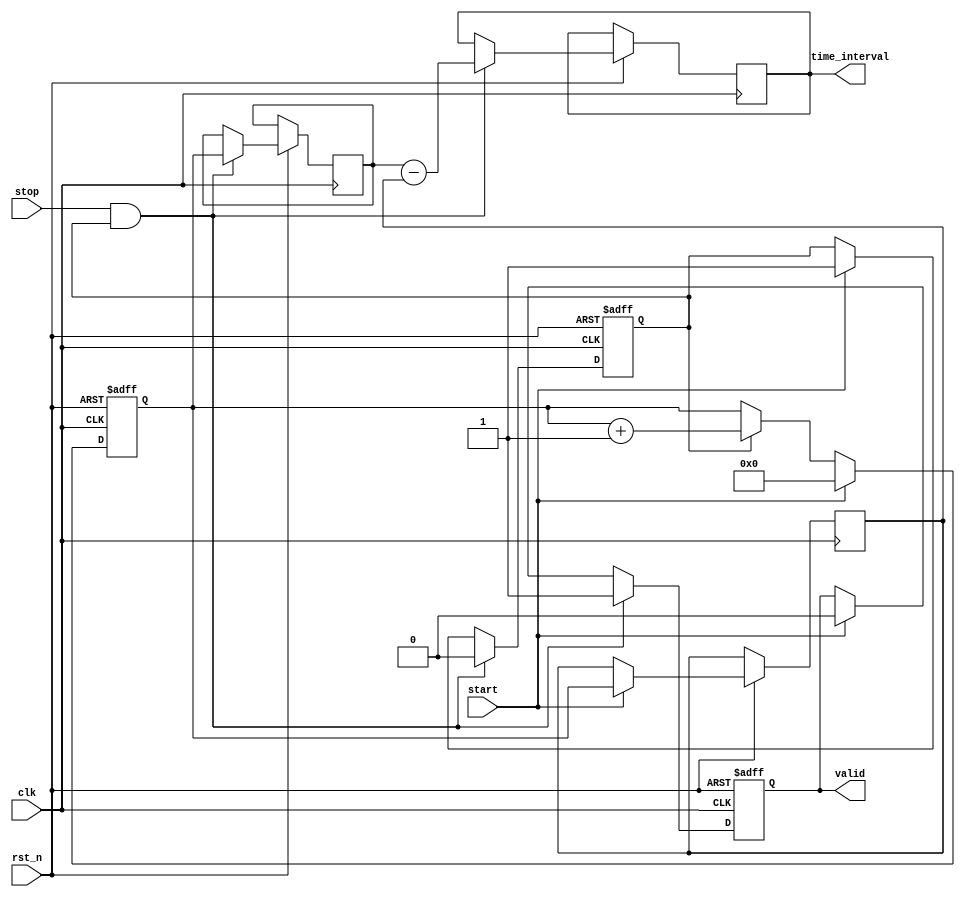
module single_shot_tdc (
    input wire clk,           // High-frequency clock
    input wire rst_n,        // Active-low reset
    input wire start,        // Start signal
    input wire stop,         // Stop signal
    output reg [31:0] time_interval, // Time interval output
    output reg valid         // Output valid signal
);

    // Memory to store timestamps (2 entries for start and stop)
    reg [31:0] timestamp [1:0]; // 0: start time, 1: stop time
    reg [31:0] counter;          // Counter for clock cycles
    reg counting;                // Counting flag

    // Synchronous reset and counting logic
    always @(posedge clk or negedge rst_n) begin
        if (!rst_n) begin
            counter <= 32'b0;
            counting <= 1'b0;
            valid <= 1'b0;
        end else begin
            if (start) begin
                // Reset counter and start counting
                counter <= 32'b0;
                counting <= 1'b1;
                valid <= 1'b0; // Reset valid flag
                timestamp[0] <= counter; // Store start time
            end else if (counting) begin
                // Increment the counter while counting
                counter <= counter + 1;
            end
            
            if (stop && counting) begin
                // Stop counting and store stop time
                timestamp[1] <= counter; // Store stop time
                counting <= 1'b0; // Stop counting
                valid <= 1'b1; // Set valid flag to indicate output is ready
                // Calculate time interval
                time_interval <= timestamp[1] - timestamp[0];
            end
        end
    end

endmodule